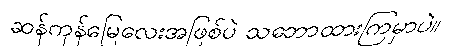
ဆန်ကုန်မြေလေးအဖြစ်ပဲ သဘောထားကြမှာပဲ။